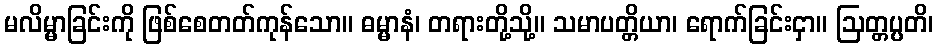
မလိမ္မာခြင်းကို ဖြစ်စေတတ်ကုန်သော။ ဓမ္မာနံ၊ တရားတို့သို့။ သမာပတ္တိယာ၊ ရောက်ခြင်းငှာ။ ဩတ္တပ္ပတိ၊